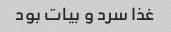
غذا سرد و بیات بود